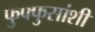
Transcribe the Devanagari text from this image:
फुफ्फुसांशी